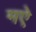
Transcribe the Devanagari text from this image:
मऐ